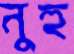
নুহু